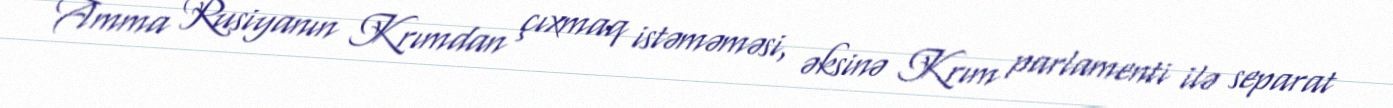
Amma Rusiyanın Krımdan çıxmaq istəməməsi, əksinə Krım parlamenti ilə separat